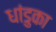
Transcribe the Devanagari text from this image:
धांडुका